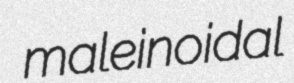
maleinoidal